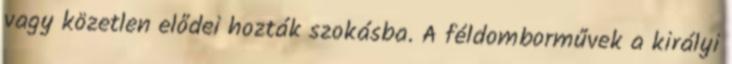
vagy közetlen elődei hozták szokásba. A féldomborművek a királyi